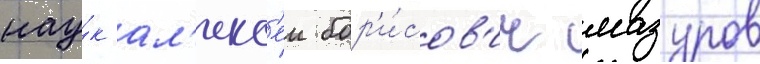
нау́к ал'екс'еи бор'и́сов'ич мазуров